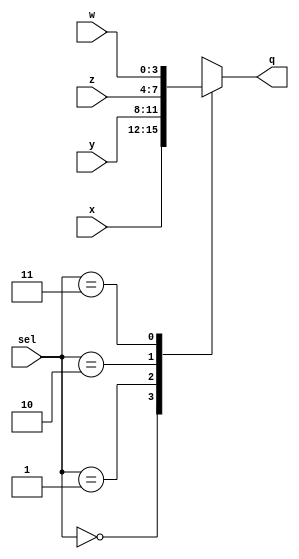
module mux_4(x,y,z,w,sel,q);
input [3:0] x;
input [3:0] y;
input [3:0] z;
input [3:0] w;
input [1:0] sel;
output reg [3:0] q;
// because we will  use it in the LHS
always @(x or y or z or w or sel)
// why freezing when we use  always begin block
case(sel)

2'b00: q=x ;
2'b01: q=y ;
2'b10: q=z ;
2'b11: q=w ;
endcase
endmodule

module mux_4_tb();

reg [3:0] x;
reg [3:0] y;
reg [3:0] z;
reg [3:0] w;
reg [1:0] sel;
wire [3:0] q;
 mux_4 obj(x,y,z,w,sel,q);
 always begin
 sel=~sel; #100;
 end
 initial begin
 
 x=3; y=4; z=8; w=2;sel=3; #100;
 end

endmodule